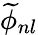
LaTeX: \widetilde{\phi}_{nl}